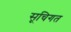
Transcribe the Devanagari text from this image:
सूचिगत